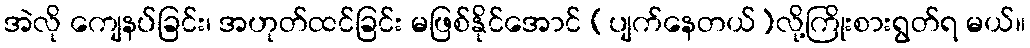
အဲလို ကျေနပ်ခြင်း၊ အဟုတ်ထင်ခြင်း မဖြစ်နိုင်အောင် (ပျက်နေတယ်)လို့ကြိုးစားရွတ်ရ မယ်။